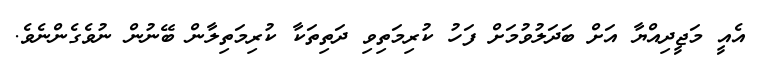
އެއީ މަޖީދިއްޔާ އަށް ބަދަލުވުމަށް ފަހު ކުރިމަތިވި ދަތިތަކާ ކުރިމަތިލާން ބޭނުން ނުވެގެންނެވެ.